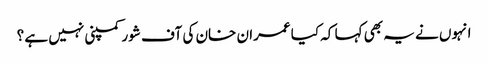
انہوں نے یہ بھی کہا کہ کیا عمران خان کی آف شور کمپنی نہیں ہے ؟